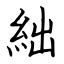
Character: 絀